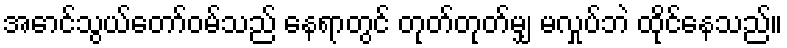
အောင်သွယ်တော်ဝမ်သည် နေရာတွင် တုတ်တုတ်မျှ မလှုပ်ဘဲ ထိုင်နေသည်။